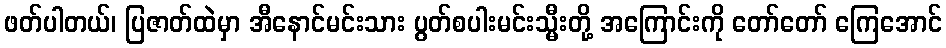
ဖတ်ပါတယ်၊ ပြဇာတ်ထဲမှာ အီနောင်မင်းသား ပွတ်စပါးမင်းသ္မီးတို့ အကြောင်းကို တော်တော် ကြေအောင်